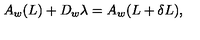
A _ { w } ( L ) + D _ { w } \lambda = A _ { w } ( L + \delta L ) ,